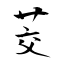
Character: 茭